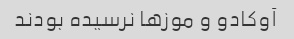
آوکادو و موزها نرسیده بودند